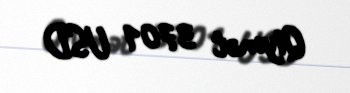
Qiymət 3701 USD